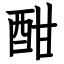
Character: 酣